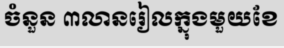
ចំនួន ៣លានរៀលក្នុងមួយខែ